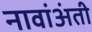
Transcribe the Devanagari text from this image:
नावांअंती